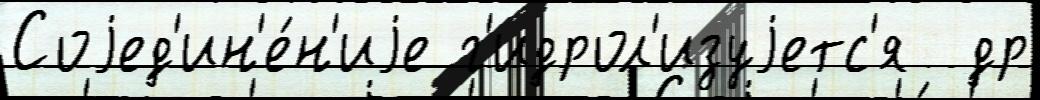
Соjед'ин'е́н'иjе г'идрол'изуjетс'я  др